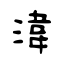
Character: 湋